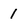
Character: 1